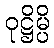
ဝုဋ္ဌိမ္ပိ